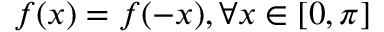
f ( x ) = f ( - x ) , \forall x \in [ 0 , \pi ]